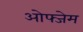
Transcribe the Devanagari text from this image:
ओफ्जेम